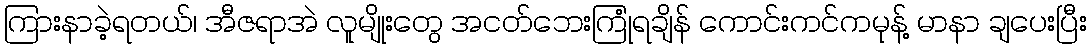
ကြားနာခဲ့ရတယ်၊ အီဇရာအဲ လူမျိုးတွေ အငတ်ဘေးကြုံရချိန် ကောင်းကင်ကမုန့် မာနာ ချပေးပြီး